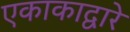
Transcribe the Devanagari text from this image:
एकाकाद्वारे